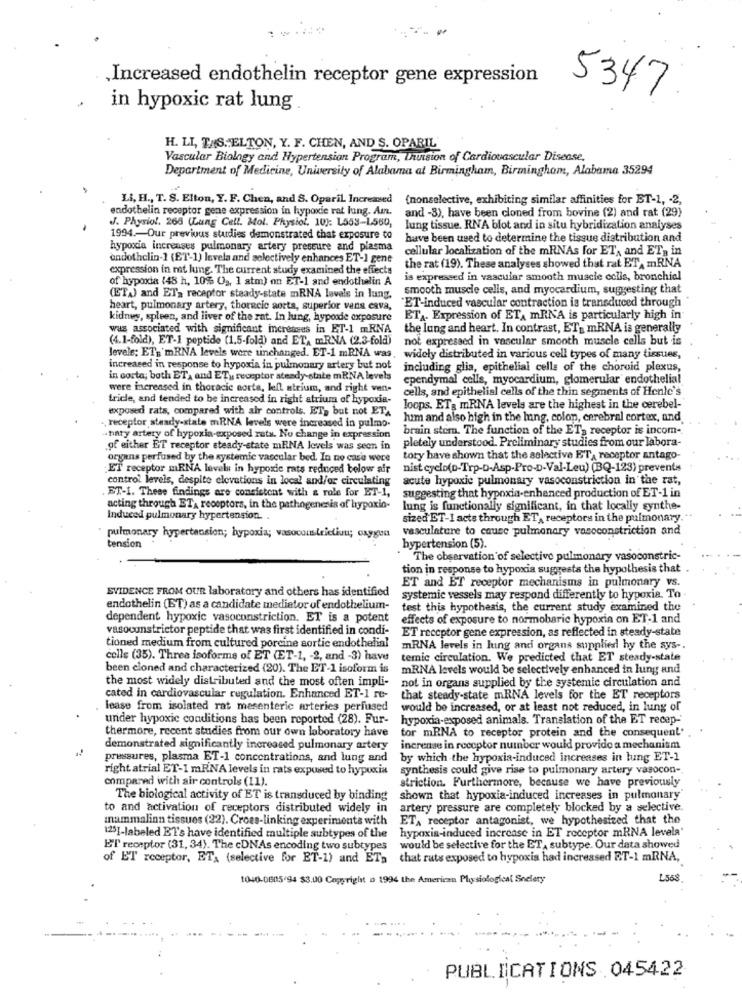
,Increased endothelin receptor gene expression
5347
in hypoxic rat lung
H. LI, TAS. ELTON, Y. F. CHEN, AND S. OPARIL"
Vascular Biology and Hypertension Program, Thuision of Cardiovascular Disease,
Department of Medicine, University of Alabama al Birmingham, Birmingham, Alabama 35294
Li, H ., T. S. Elton, Y. F. Chen, and S. Oparil Increased
(nonselective, exhibiting similar affinities for BT-1, - 2,
endothelin receptor gene expression in hypoxie rat lung. Am, and -3), have been cloned from bovine (2) and rat (29)
J. Physiol. 268 (Lung Cell. Mol. Physiol, 10): L553-1560,
lung tissue. RNA blot and in situ hybridization analyses
1994 .- Our previous studies demonstrated that exposure to
have been used to determine the tisque distribution and
hypoxia increases pulmonary artery pressure and plasma
cellular localization of the mRNAs for ET, and ET, in
endothelin-1 (ET-1) levels and selectively enhances ET-1 gene
expression in rat lung. The current study examined the effects
the rat (19). These analyses showed that rat ET mRNA
of hypoxia (48 h, 10% 0a, 1 atm) on ET-1 and endothelin A
is expressed in vascular smooth muscle colis, bronchial
smooth muscle cells, and myocardium, suggesting that
(ETA) and ET, receptor steady-state mRNA levels in lung.
"ET-induced vascular contraction is transduced through
heart, pulmonary artery, thoracic aorta, superior vena cava,
kidney, spleen, and liver of the rat. In lung, hypoode exposure
ETA. Expression of ETA mRNA is particularly high in
was associated with significant increases in ET-1 mRNA
the lung and heart. In contrast, ET_ mRNA is generally
(4.1-fold), ET-1 peptide (1.5-fold) and ETA mRNA (2.3-fold)
not expressed in vascular smooth muscle cells but is
levele; ETs'mRNA levels were unchanged. ET-1 mRNA was, widely distributed in various cell types of many tissues,
increased in response to hypoxia in pulmonary artery but not
including glia, epithelial cells of the choroid plexus,
in corta; both ET, and ET), receptor steady-state mRNA levels
ependymal celle, myocardium, glomerular endothelial
were increased in thoracic corta, left atrium, and right ven-
cells, and epithelial cells of the thin segments of Henle's
tricle, and tended to be increased in right atrium of hypoxia-
exposed rats, compared with air controls. ETy but not ETA
Joops. ET& mRNA levels are the highest in the cerebel-
,receptor steady-state mRNA levels were increased in pulmo-
Jum and also high in the hing, colon, cerebral cortex, and
brain stem. The function of the ET_ receptor is incom-
.haty artery of hypoxia-exposed zuts. No change in expression
pletely understood. Preliminary studies from our labora-
.of either ET receptor steady-state mRNA levels was seen in
organs perfused by the systemic vascular bed. In no cas'a were
tory have shown that the selective ET, receptor antago-
ET receptor mENA levels in hypoxic rats reduced below air
nist cyclo(D-Trp-D-Asp-Pro-D-Val-Leu) (BQ-123) prevents
control levels, despite elevations in local and/or circulating
acute hypoxie pulmonary vasoconstriction in the rat,
ET-I. These findings are consistent with a role for ET-1,
suggesting that hypoxia-enhanced production of ET-1 in
acting through ETA receptors, in the pathogenesis of hypoxia-
lung is functionally significant, in that locally synthe-
Induced pulmonary hypertension. .
sized ET-1 acts through ET, receptors in the pulmonary. "
vasculature to cause pulmonary vasoconstriction and
pulmonary hypertension; hypoxia; vasoconstriction; oxygen
tension
hypertension (5).
The observation of selective pulmonary vasoconstric-
tion in response to hypoxia suggests the hypothesis that
EVIDENCE FROM OUR laboratory and others has identified
ET and ET receptor mechanisms in pulmonary vs.
systemic vessels may respond differently to hypoxia. To -
endothelin (ET) as a candidate mediator of endothelium-
test this hypothesis, the current study examined the
dependent hypoxic vasoconstriction. ET is a potent
effects of exposure to normobaric hypoxin on ET-1 and
vasoconstrictor peptide that was first identified in condi-
ET receptor gene expression, as reflected in steady-state
tioned medium from cultured porcine aortic endothelial
mRNA levels in huing and organs supplied hy the sys -.
cells (35). Threa isoforms of ET (ET-1, - 2, and -3) have
temnic circulation. We predicted that ET steady-state
been cloned and characterized (20). The ET-1 isoform is
mRNA levels would be selectively enhanced in lung and
the most widely distributed and the most often impli-
not in organs supplied by the systemic circulation and
cated in cardiovascular regulation. Enhanced ET-1 re-
that steady-state mRNA levels for the ET receptors
lease from isolated rat mesenteric arteries perfused
would be increased, or at least not reduced, in lung of
under hypoxic conditions has been reported (28). Fur-
hypoxia-exposed animals. Translation of the ET recep-
tor mRNA to receptor protein and the consequent'
thermore, recent studies from our own laboratory have
demonstrated significantly increased pulmonary artery
increase in receptor number would provide a mechanism
pressures, plasma ET-1 concentrations, and lung and
by which the hypoxia-induced increases in hung ET-1
right atrial ET-1 mRNA levels in rats exposed to hypoxia
synthesis could give rise to pulmonary artery vasocon-
compared with air controls (11).
striction. Furthermore, because we have previously
The biological activity of ET is transduced by binding
shown that hypoxia-induced increases in pulmonary'
to and activation of receptors distributed widely in
artery pressure are completely blocked by a selective.
mammalinn tissues (22). Cross-linking experiments with
ETA receptor antagonist, we hypothesized that the
hypoxia-induced increase in ET receptor mRNA levela'
125]-labeled ET's have identified multiple subtypes of the
ET receptor (31, 34). The cDNAs encoding two subtypes
would be selective for the ET, subtype. Our data showed
of ET receptor, ET. (selective for ET-1) and ET, that rats exposed to hypoxia had increased ET-1 mRNA,
1040-01805/94 $3.00 Copyright a 1994 the American Physiological Society
L568
PUBLICATIONS .045422